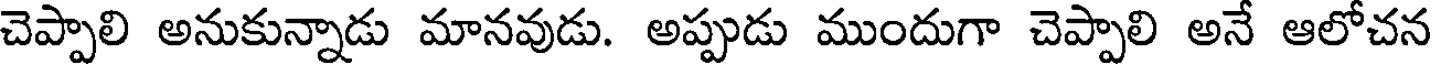
చెప్పాలి అనుకున్నాడు మానవుడు. అప్పుడు ముందుగా చెప్పాలి అనే ఆలోచన